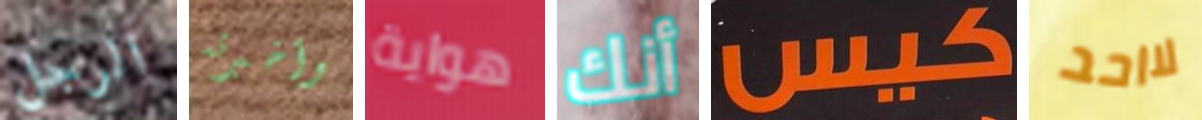
الرجل وأخبرته هواية أنك كيس لااحد